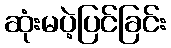
ဆုံးမပဲ့ပြင်ခြင်း